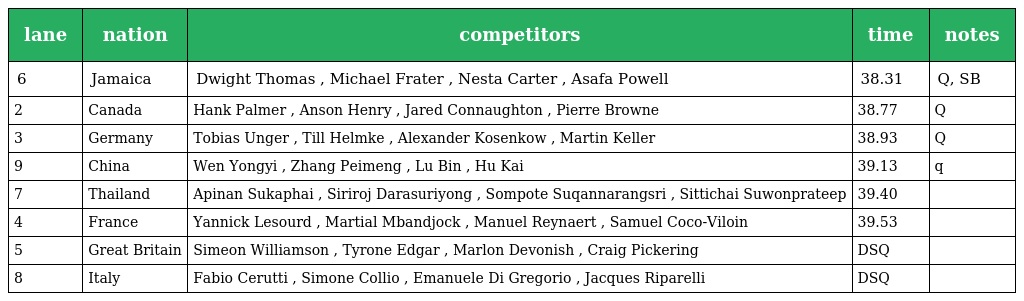
| lane | nation | competitors | time | notes |
 | --- | --- | --- | --- | --- |
 | 6 | Jamaica | Dwight Thomas , Michael Frater , Nesta Carter , Asafa Powell | 38.31 | Q, SB |
 | 2 | Canada | Hank Palmer , Anson Henry , Jared Connaughton , Pierre Browne | 38.77 | Q |
 | 3 | Germany | Tobias Unger , Till Helmke , Alexander Kosenkow , Martin Keller | 38.93 | Q |
 | 9 | China | Wen Yongyi , Zhang Peimeng , Lu Bin , Hu Kai | 39.13 | q |
 | 7 | Thailand | Apinan Sukaphai , Siriroj Darasuriyong , Sompote Suqannarangsri , Sittichai Suwonprateep | 39.40 |  |
 | 4 | France | Yannick Lesourd , Martial Mbandjock , Manuel Reynaert , Samuel Coco-Viloin | 39.53 |  |
 | 5 | Great Britain | Simeon Williamson , Tyrone Edgar , Marlon Devonish , Craig Pickering | DSQ |  |
 | 8 | Italy | Fabio Cerutti , Simone Collio , Emanuele Di Gregorio , Jacques Riparelli | DSQ |  |